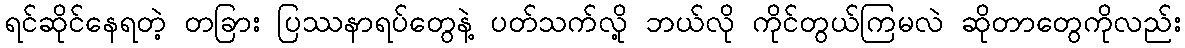
ရင်ဆိုင်နေရတဲ့ တခြား ပြဿနာရပ်တွေနဲ့ ပတ်သက်လို့ ဘယ်လို ကိုင်တွယ်ကြမလဲ ဆိုတာတွေကိုလည်း